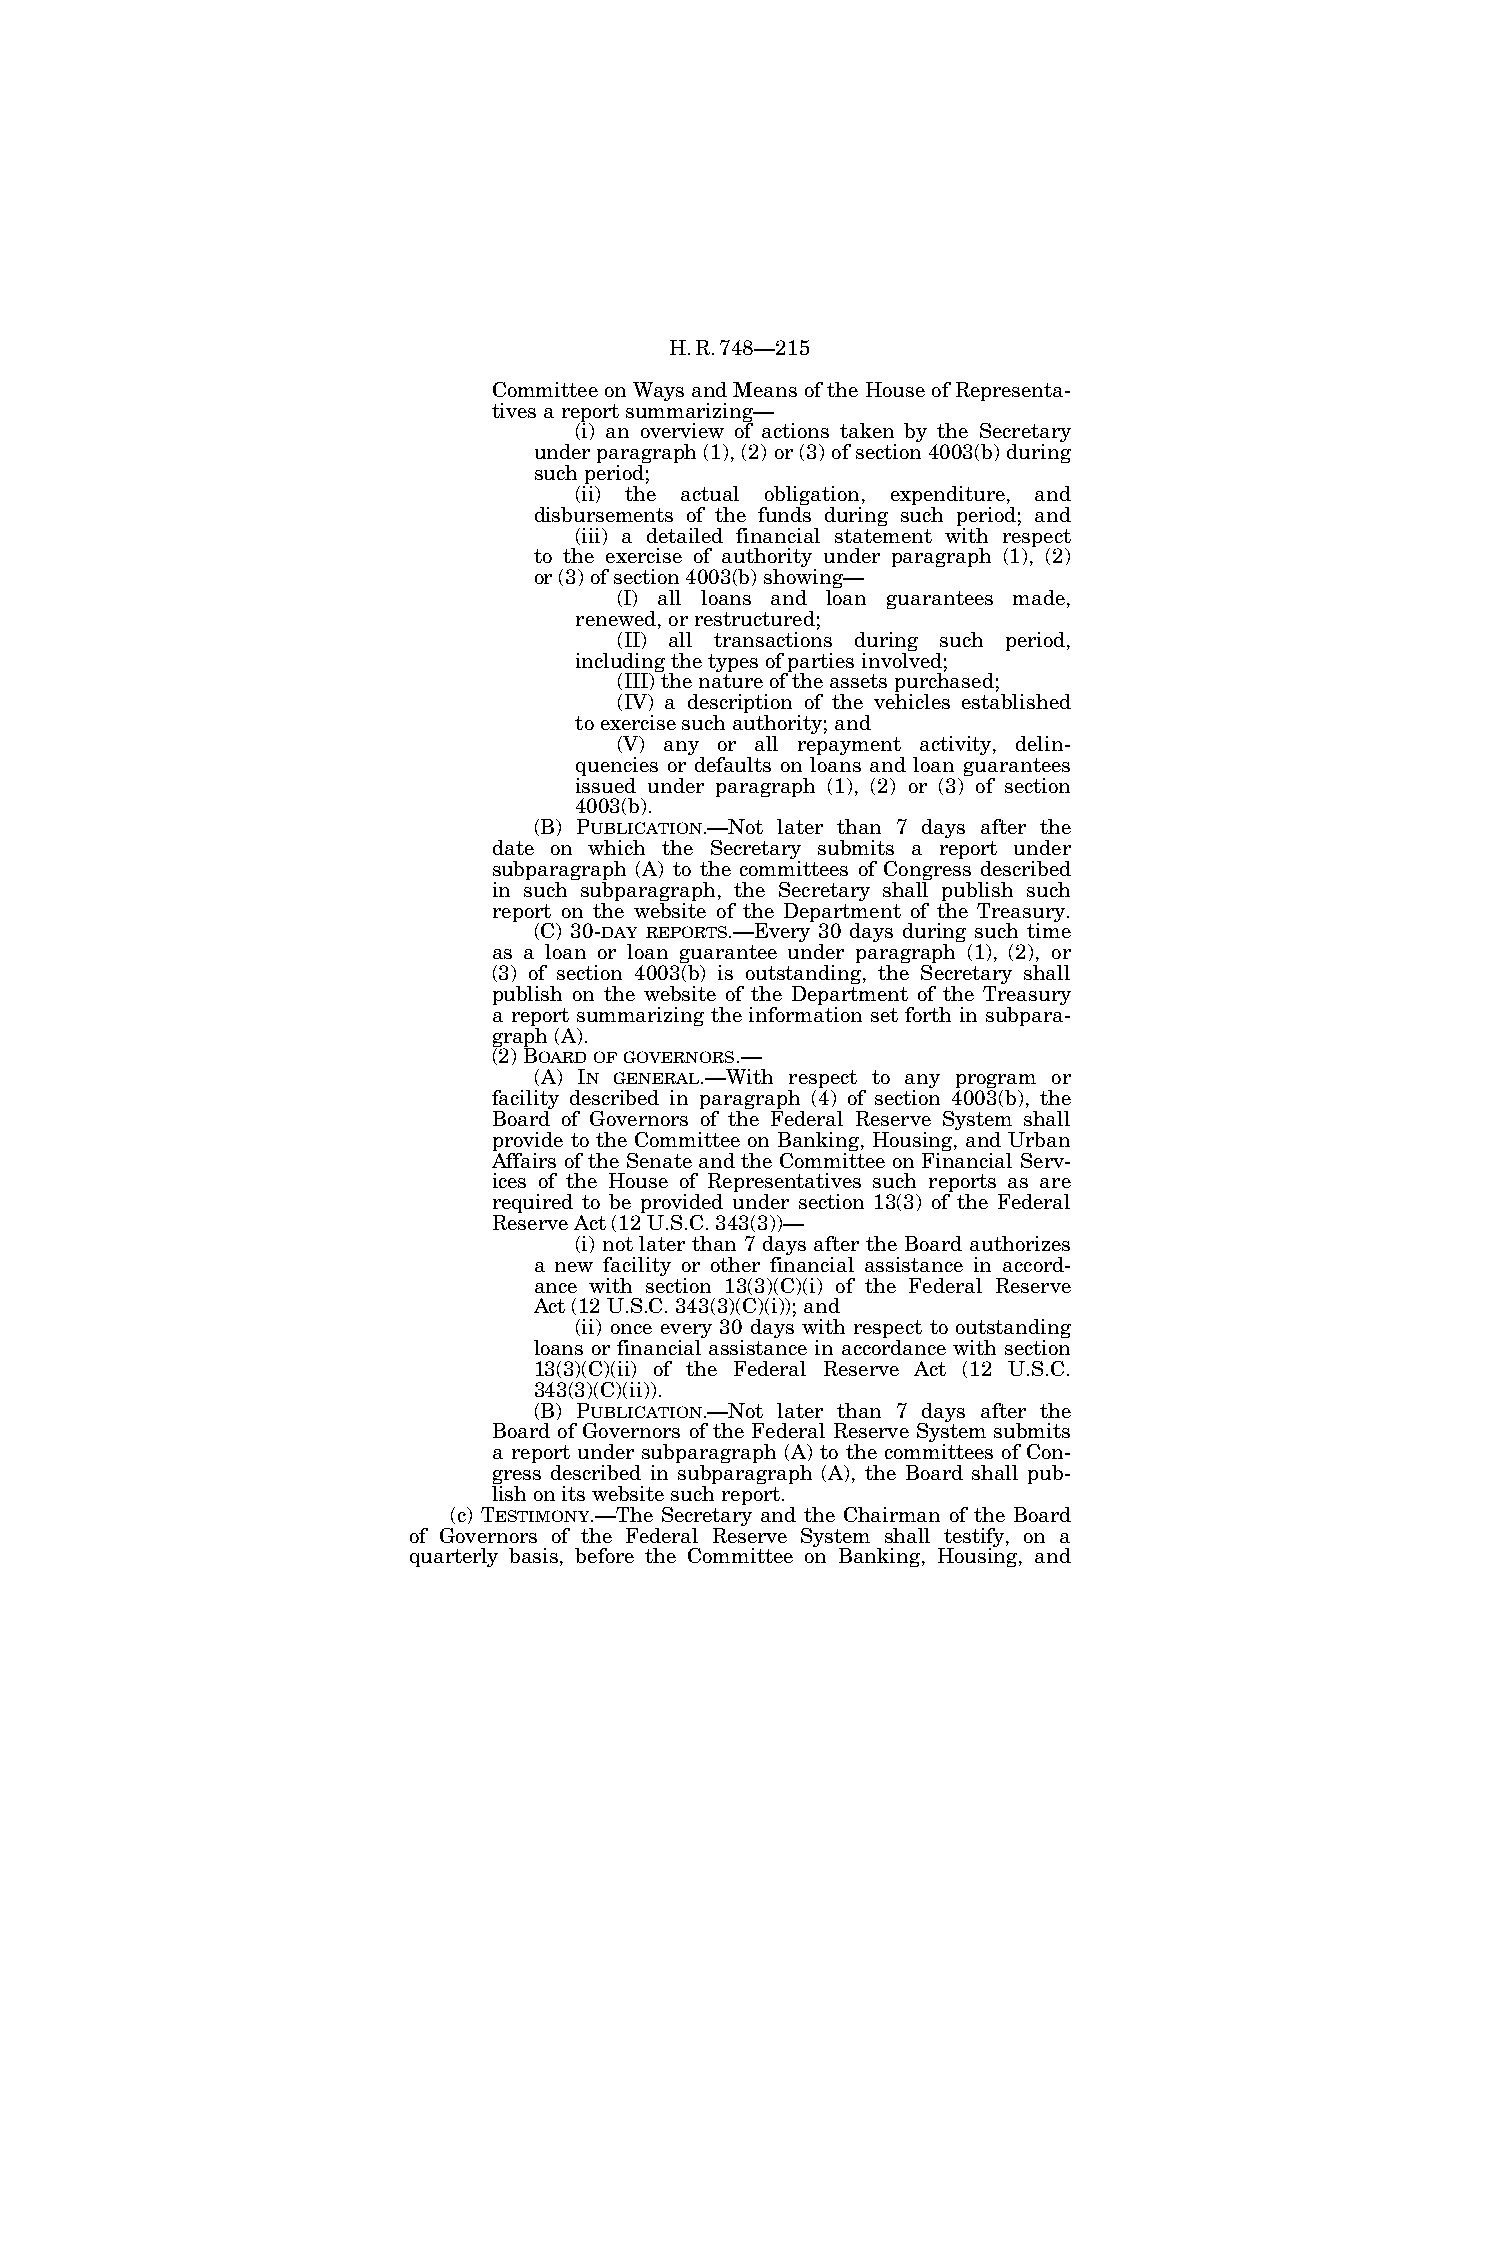
H.R.748—215
 Committee on Ways and Means of the House of Representa-
 tives a report summarizing—
 (i) an overview of actions taken by the Secretary
 under paragraph (1), (2) or (3) of section 4003(b) during
 such period;
 (ii) the actual obligation, expenditure, and
 disbursements of the funds during such period; and
 (iii) a detailed financial statement with respect
 to the exercise of authority under paragraph (1), (2)
 or (3) of section 4003(b) showing—
 (I) all loans and loan guarantees made,
 renewed, or restructured;
 (II) all transactions during such period,
 including the types of parties involved;
 (III) the nature of the assets purchased;
 (IV) a description of the vehicles established
 to exercise such authority; and
 (V) any or all repayment activity, delin-
 quencies or defaults on loans and loan guarantees
 issued under paragraph (1), (2) or (3) of section
 4003(b).
 (B) PUBLICATION.—Not later than 7 days after the
 date on which the Secretary submits a report under
 subparagraph (A) to the committees of Congress described
 in such subparagraph, the Secretary shall publish such
 report on the website of the Department of the Treasury.
 (C) 30-DAY REPORTS.—Every 30 days during such time
 as a loan or loan guarantee under paragraph (1), (2), or
 (3) of section 4003(b) is outstanding, the Secretary shall
 publish on the website of the Department of the Treasury
 a report summarizing the information set forth in subpara-
 graph (A).
 (2) BOARDOFGOVERNORS.—
 (A) IN GENERAL.—With respect to any program or
 facility described in paragraph (4) of section 4003(b), the
 Board of Governors of the Federal Reserve System shall
 provide to the Committee on Banking, Housing, and Urban
 Affairs of the Senate and the Committee on Financial Serv-
 ices of the House of Representatives such reports as are
 required to be provided under section 13(3) of the Federal
 Reserve Act (12 U.S.C. 343(3))—
 (i) not later than 7 days after the Board authorizes
 a new facility or other financial assistance in accord-
 ance with section 13(3)(C)(i) of the Federal Reserve
 Act (12 U.S.C. 343(3)(C)(i)); and
 (ii) once every 30 days with respect to outstanding
 loans or financial assistance in accordance with section
 13(3)(C)(ii) of the Federal Reserve Act (12 U.S.C.
 343(3)(C)(ii)).
 (B) PUBLICATION.—Not later than 7 days after the
 Board of Governors of the Federal Reserve System submits
 a report under subparagraph (A) to the committees of Con-
 gress described in subparagraph (A), the Board shall pub-
 lish on its website such report.
 (c) TESTIMONY.—The Secretary and the Chairman of the Board
 of Governors of the Federal Reserve System shall testify, on a
 quarterly basis, before the Committee on Banking, Housing, and